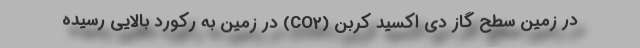
در زمین سطح گاز دی اکسید کربن (CO2)‌ در زمین به رکورد بالایی رسیده